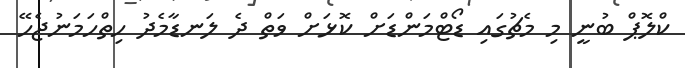
ކްލޮޕް ބުނީ މި މެޗުގައި ޑޯޓްމަންޑަށް ކޮޅަށް ވަތް ދެ ލަނޑާމެދު ހިތްހަމަނުޖެހޭ